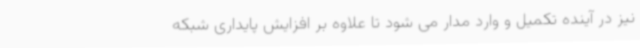
نیز در آینده تکمیل و وارد مدار می شود تا علاوه بر افزایش پایداری شبکه